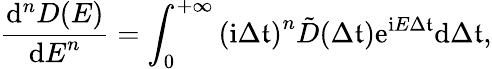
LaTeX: \frac{\mathrm{d}^{n}D(E)}{{\mathrm{d}E}^{n}}=\int_{0}^{+\infty}{(\mathrm{i}\Delta\mathfrak{t})}^{n}\tilde{D}(\Delta\mathfrak{t})\mathrm{e}^{\mathrm{i}E\Delta\mathfrak{t}}\mathrm{d}{\Delta\mathfrak{t}},